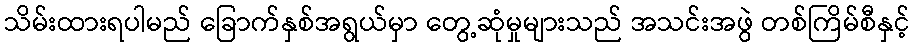
သိမ်းထားရပါမည် ခြောက်နှစ်အရွယ်မှာ တွေ့ဆုံမှုများသည် အသင်းအဖွဲ တစ်ကြိမ်စီနှင့်